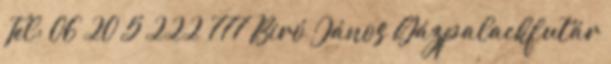
Tel: 06 20 5 222 777 Biró János Gázpalackfutár